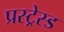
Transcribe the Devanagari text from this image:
प्रस्ट्रेस्ड